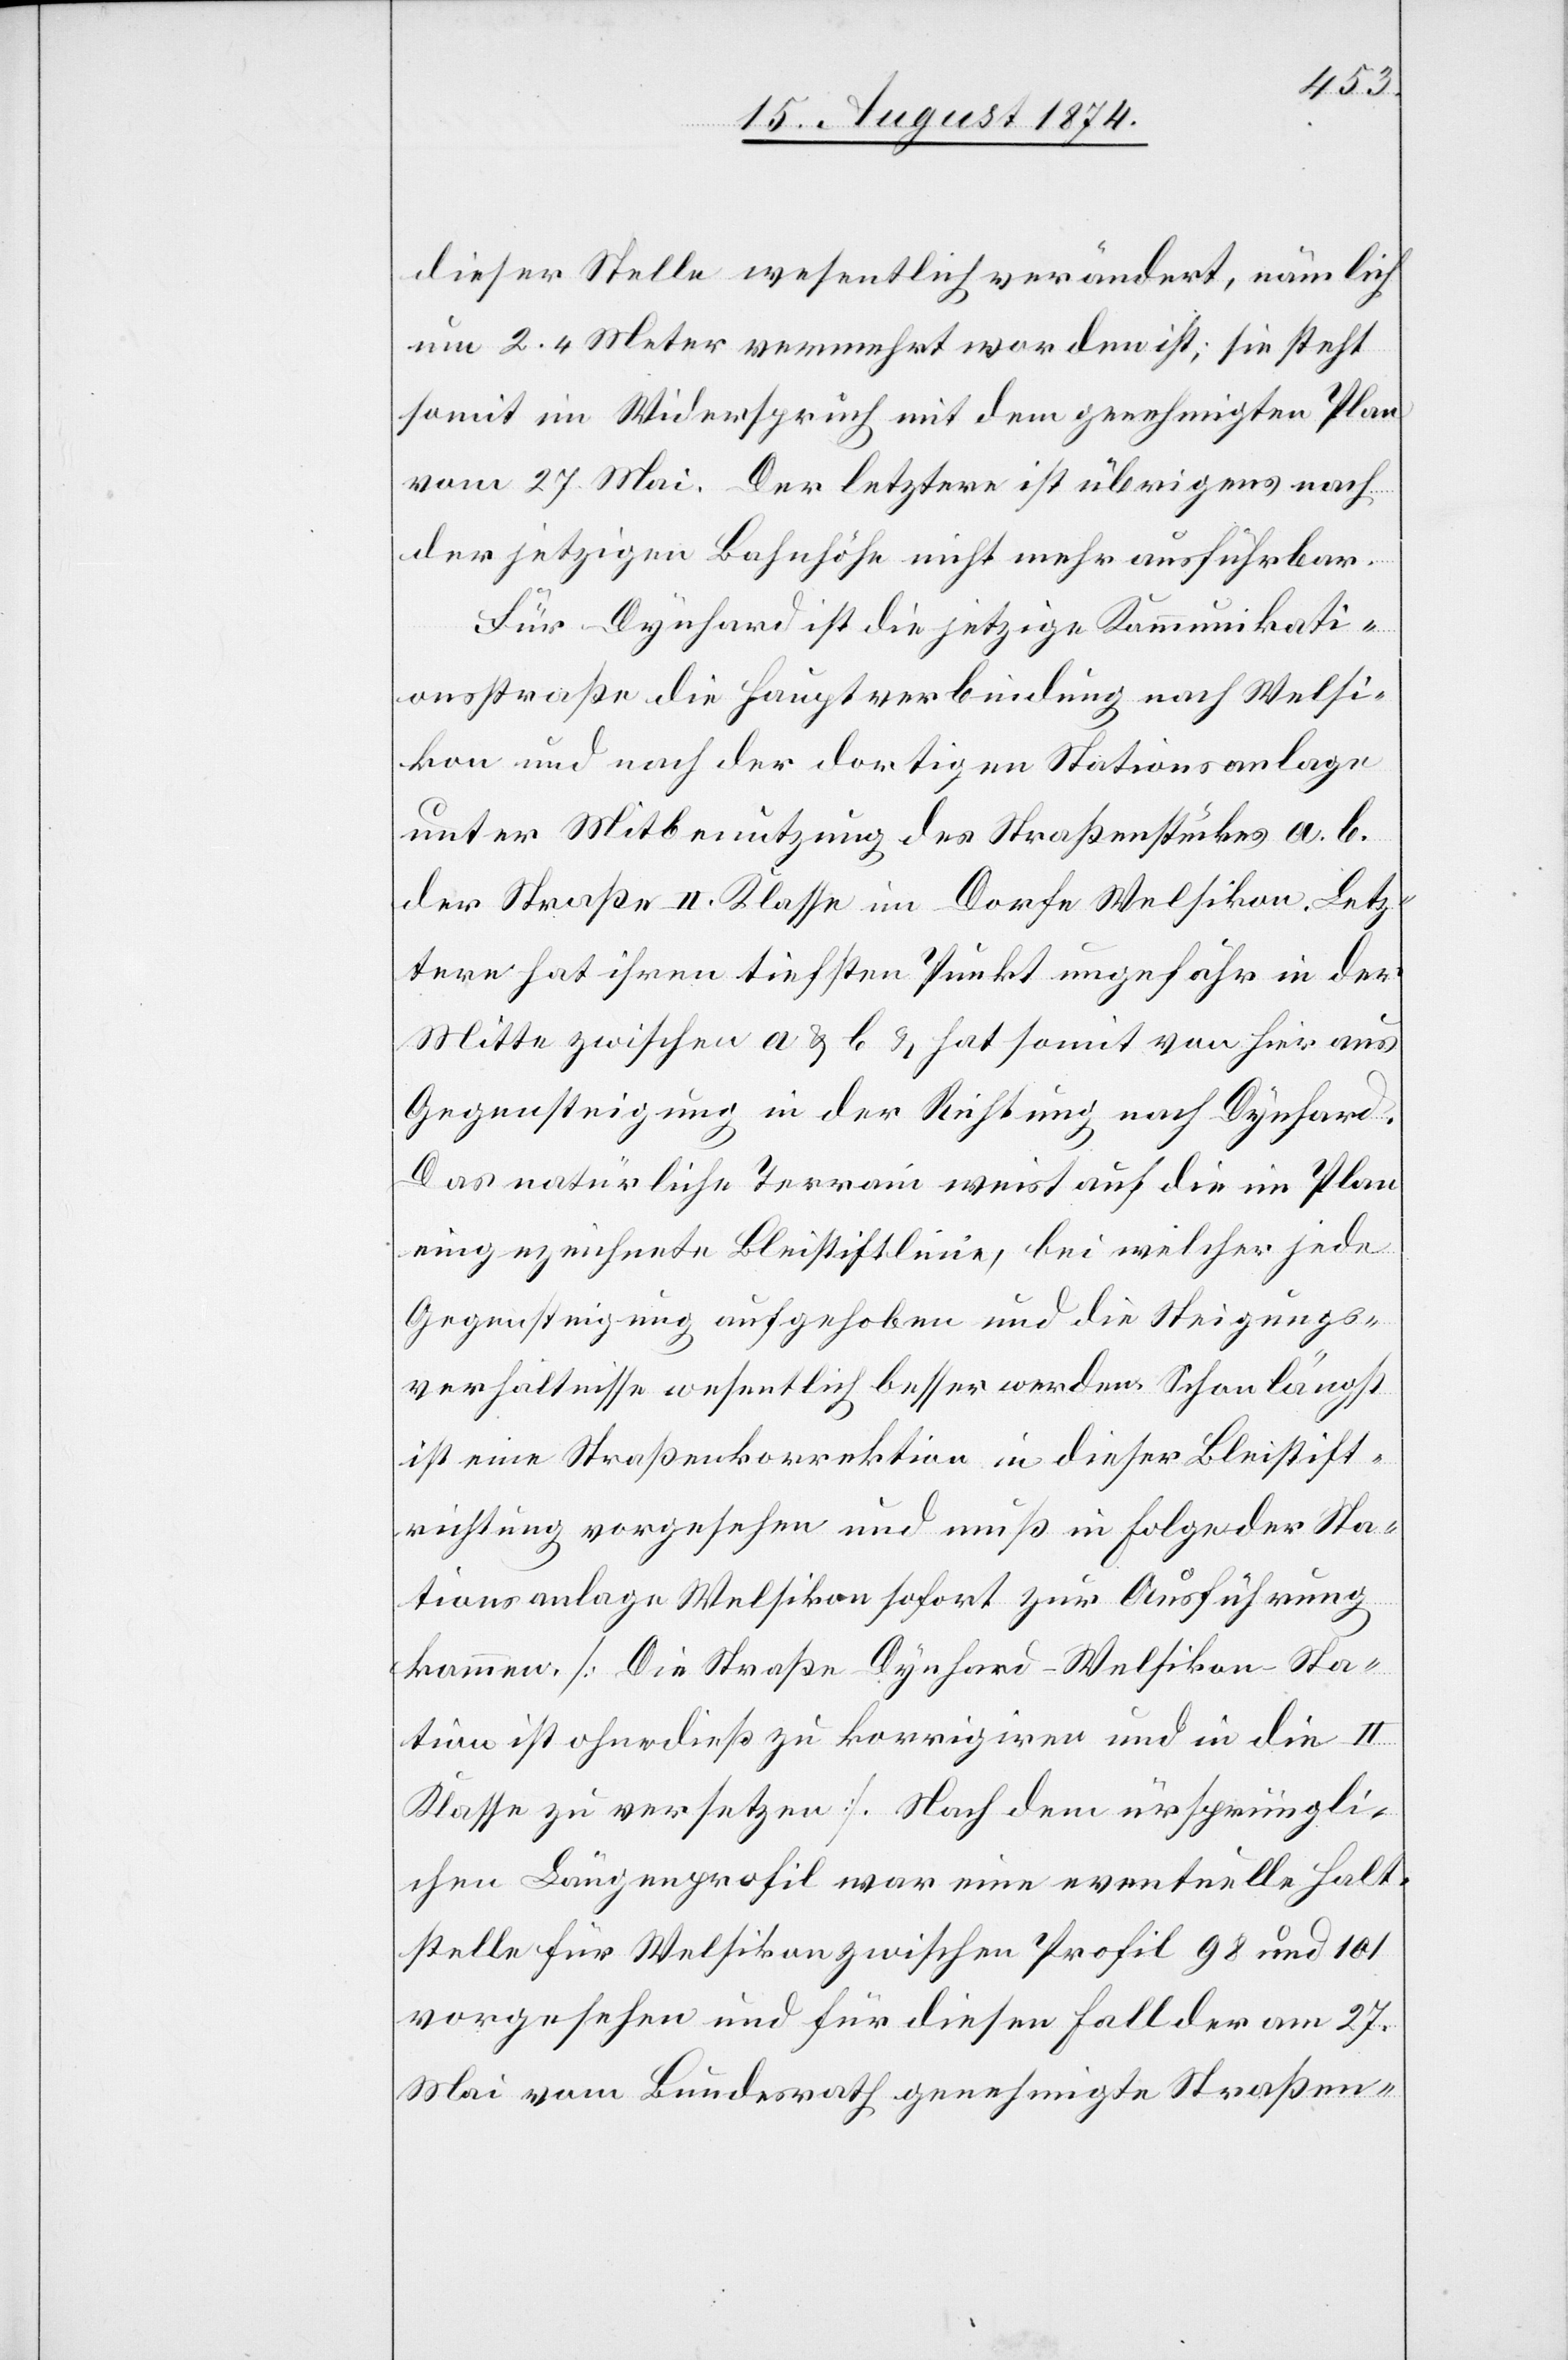
dieser Stelle wesentlich verändert, nämlich
um 2.4 Meter vermehrt worden ist, sie steht
somit im Widerspruch mit dem genehmigten Plan
vom 27. Mai. Der letztere ist übrigens nach
der jetzigen Bahnhöhe nicht mehr ausführbar.
Für Dynhard ist die jetzige Kommunikati¬
onsstraße die Hauptverbindung nach Welsi¬
kon und nach der dortigen Stationsanlage
unter Mitbenutzung des Straßenstücks a. b.
der Straße II. Klasse im Dorfe Welsikon. Letz¬
tere hat ihren tiefsten Punkt ungefähr in der
Mitte zwischen a u. b u. hat somit von hier aus
Gegensteigung in der Richtung nach Dynhard.
Das natürliche Terrain weist auf die im Plan
eingezeichnete Bleistiftlinie, bei welcher jede
Gegensteigung aufgehoben und die Steigungs¬
verhältnisse wesentlich besser werden Schon längst
ist eine Straßenkorrektion in dieser Bleistift¬
richtung vorgesehen und muß in Folge der Sta¬
tionsanlage Welsikon sofort zur Ausführung
kommen. [Die Straße Dynhard–Welsikon-Sta¬
tion ist ohnedieß zu korrigiren und in die II.
Klasse zu versetzen]. Nach dem ursprüngli¬
chen Längenprofil war eine eventuelle Halt¬
stelle für Welsikon zwischen Profil 98 und 101
vorgesehen und für diesen Fall der am 27.
Mai vom Bundesrath genehmigte Straßen-